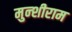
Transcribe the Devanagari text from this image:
मुन्शीराम